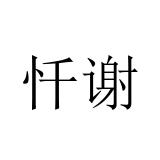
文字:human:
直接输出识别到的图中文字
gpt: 忏谢